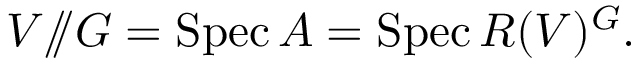
V / \! \! / G = \operatorname { S p e c } A = \operatorname { S p e c } R ( V ) ^ { G } .